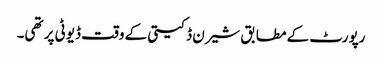
رپورٹ کے مطابق شیرن ڈکیتی کے وقت ڈیوٹی پر تھی۔